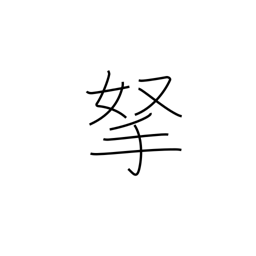
Meaning: catch